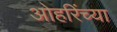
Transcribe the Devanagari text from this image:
ओहरिंच्या